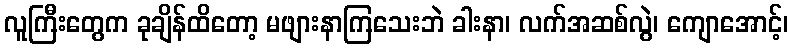
လူကြီးတွေက ခုချိန်ထိတော့ မဖျားနာကြသေးဘဲ ခါးနာ၊ လက်အဆစ်လွဲ၊ ကျောအောင့်၊